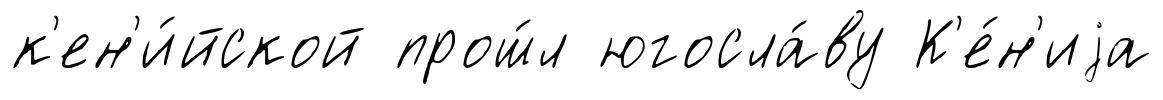
к'ен'и́йской прош́л югосла́ву К'е́н'иjа